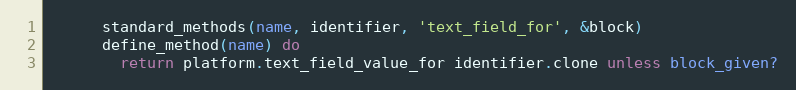
Language: Ruby
      standard_methods(name, identifier, 'text_field_for', &block)
      define_method(name) do
        return platform.text_field_value_for identifier.clone unless block_given?